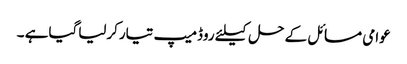
عوامی مسائل کے حل کیلئے روڈمیپ تیارکرلیاگیاہے ۔